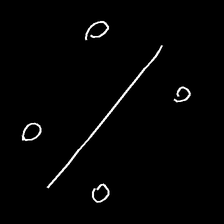
Glyph: cool